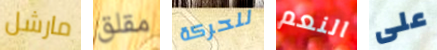
مارشل مقلق للحركة النعم على